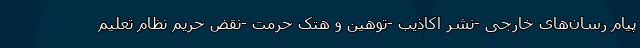
پیام رسان‌های خارجی -نشر اکاذیب -توهین و هتک حرمت -نقض حریم نظام تعلیم